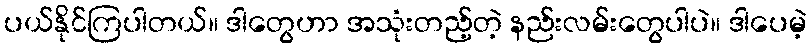
ပယ်နိုင်ကြပါတယ်။ ဒါတွေဟာ အသုံးတည့်တဲ့ နည်းလမ်းတွေပါပဲ။ ဒါပေမဲ့